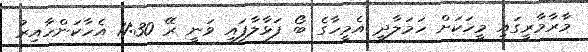
މާރާމާރީގައި މީހަކަށް ހަމަލާދީ އެމީހާގެ ބޯ ފަޅާލާފައި ވަނީ ރޭ 11:30 އެހާކަންހާއިރު